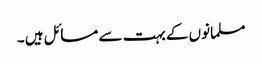
مسلمانوں کے بہت سے مسائل ہیں ۔